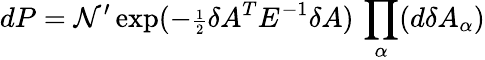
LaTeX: dP={\cal N}^{\prime}\exp(-{\scriptstyle{\frac{1}{2}}}\delta A^{T}E^{-1}\delta A)\, \prod_{\alpha}(d\delta A_{\alpha})